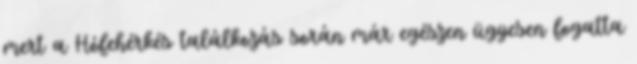
mert a Hófehérkés találkozás során már egészen ügyesen fogatta